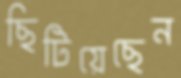
ছিটিয়েছেন